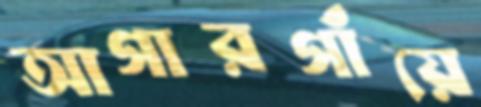
আগারগাঁয়ে